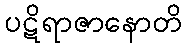
ပဋိရာဇာနောတိ